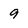
Character: 9